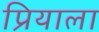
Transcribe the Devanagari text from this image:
प्रियाला